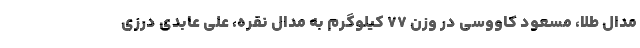
مدال طلا، مسعود کاووسی در وزن ۷۷ کیلوگرم به مدال نقره، علی عابدی درزی